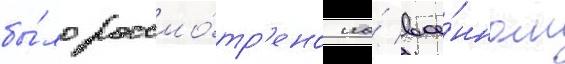
бы́ло рассмо́тр'ено на́ вое́нном